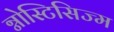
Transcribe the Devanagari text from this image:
ग्नोस्टिसिज्म